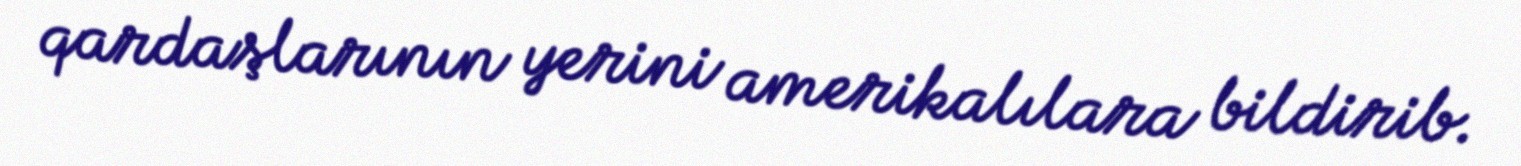
qardaşlarının yerini amerikalılara bildirib.